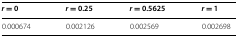
<table><thead><tr><td><b><i>r</i> = 0</b></td><td><b><i>r</i> = 0.25</b></td><td><b><i>r</i> = 0.5625</b></td><td><b><i>r</i> = 1</b></td></tr></thead><tbody><tr><td>0.000674</td><td>0.002126</td><td>0.002569</td><td>0.002698</td></tr></tbody></table>